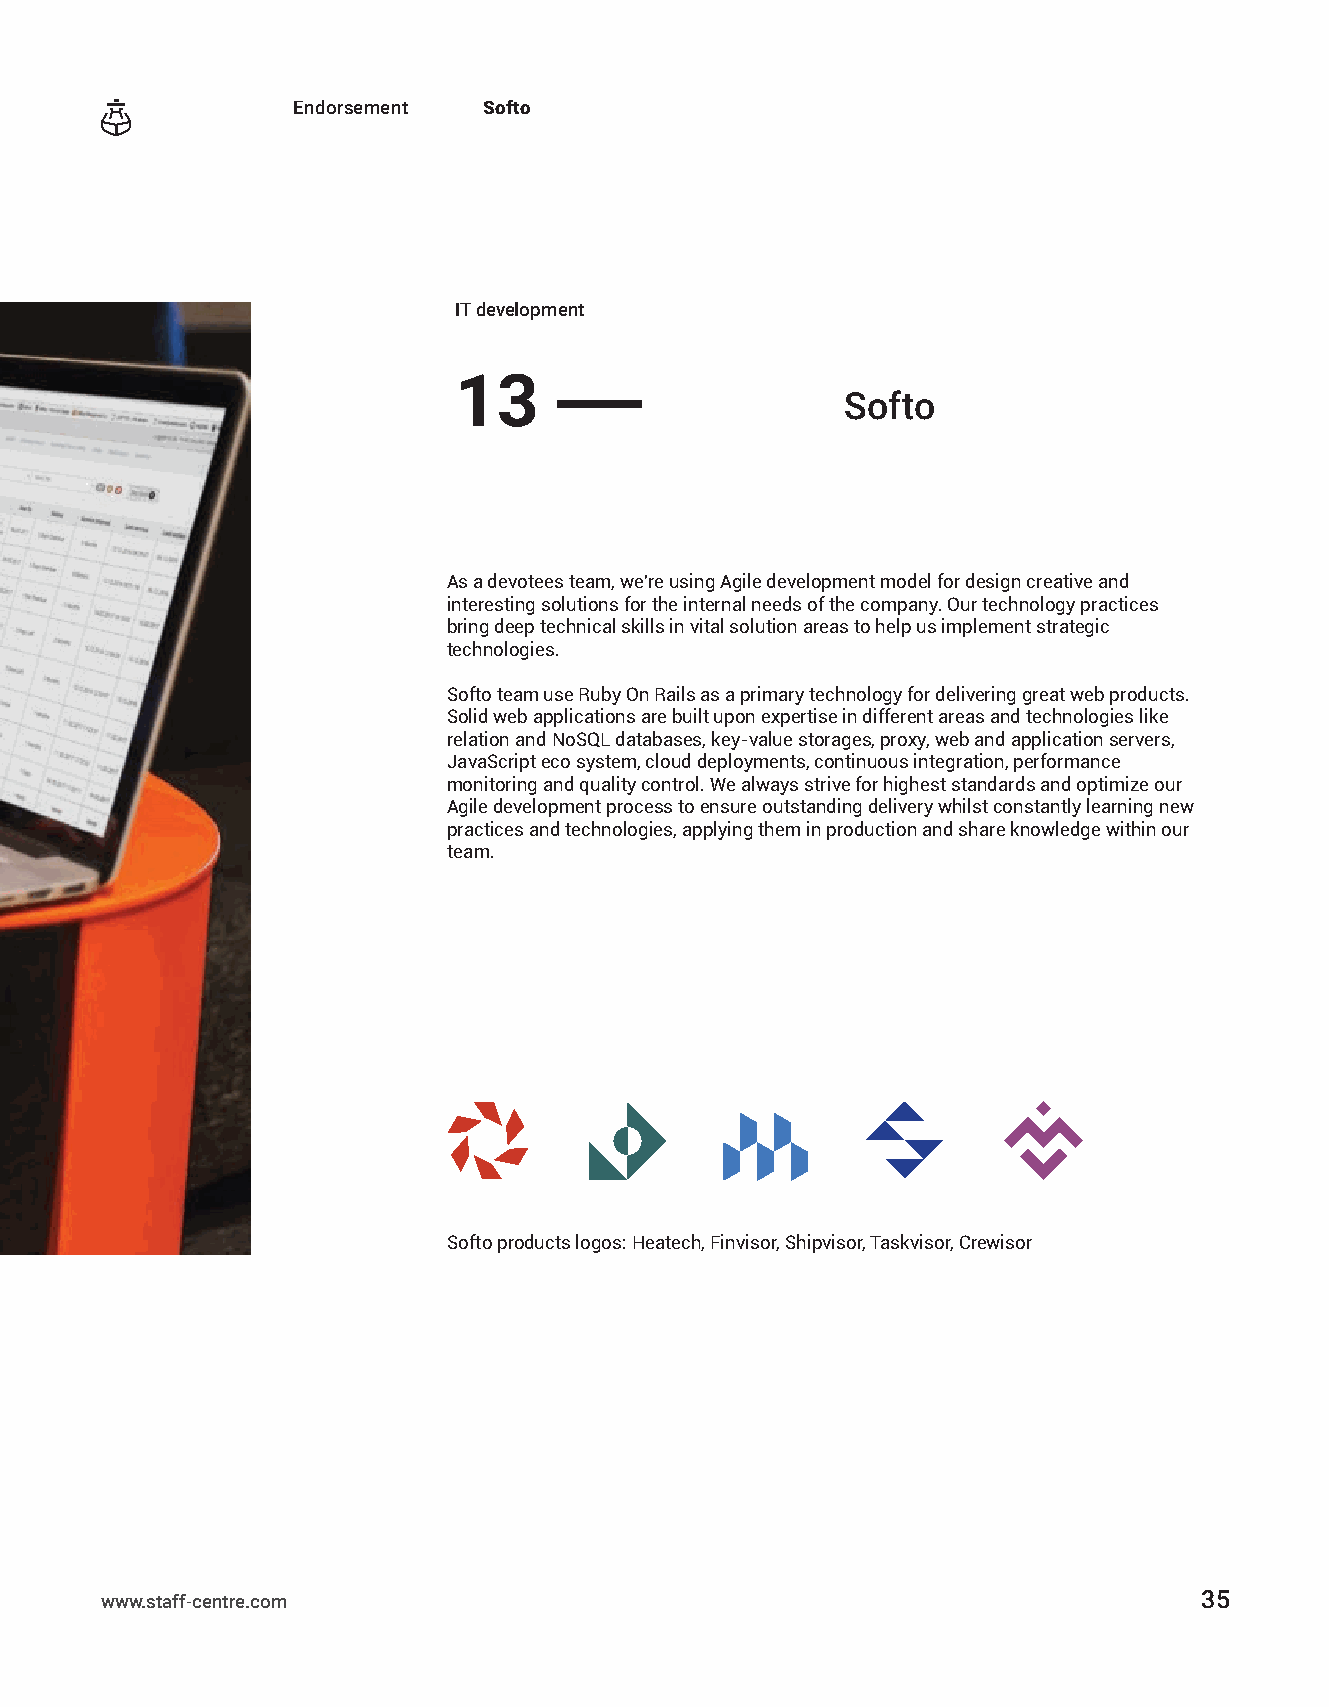
Endorsement  Softo
 IT development
 13
 ——
 Softo
 As a devotees team, we're using Agile development model for design creative and
 interesting solutions for the internal needs of the company. Our technology practices
 bring deep technical skills in vital solution areas to help us implement strategic
 technologies.
 Softo team use Ruby On Rails as a primary technology for delivering great web products.
 Solid web applications are built upon expertise in different areas and technologies like
 relation and NoSQL databases, key-value storages, proxy, web and application servers,
 JavaScript eco system, cloud deployments, continuous integration, performance
 monitoring and quality control. We always strive for highest standards and optimize our
 Agile development process to ensure outstanding delivery whilst constantly learning new
 practices and technologies, applying them in production and share knowledge within our
 team.
 Softo products logos: Heatech, Finvisor, Shipvisor, Taskvisor, Crewisor
 www.staff-centre.com                                                     35